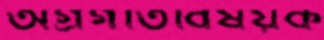
অগ্রগতিবিষয়ক